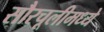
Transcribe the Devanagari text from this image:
सौरचूलीमध्ये